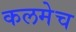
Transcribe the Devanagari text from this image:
कलमेच